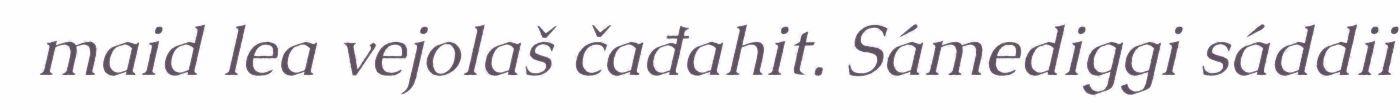
maid lea vejolaš čađahit. Sámediggi sáddii